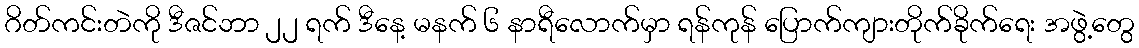
ဂိတ်ကင်းတဲကို ဒီဇင်ဘာ ၂၂ ရက် ဒီနေ့ မနက် ၆ နာရီလောက်မှာ ရန်ကုန် ပြောက်ကျားတိုက်ခိုက်ရေး အဖွဲ့တွေ